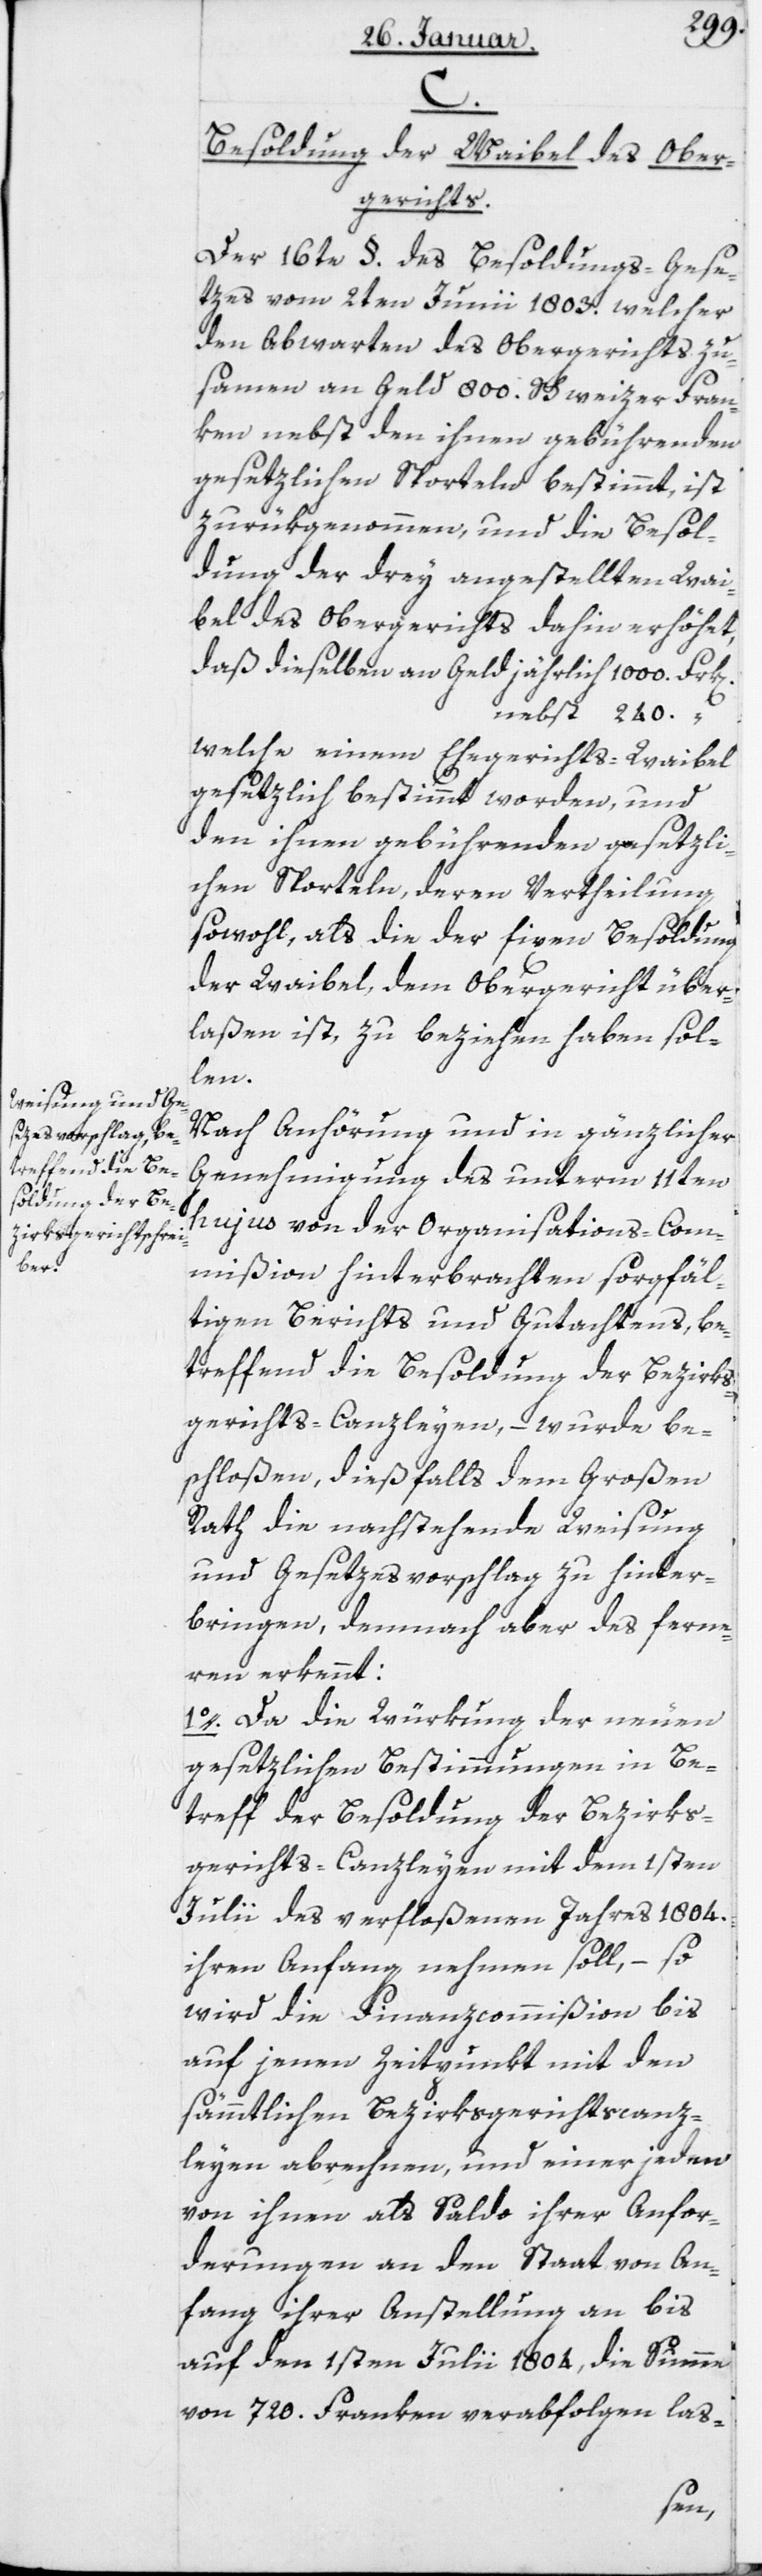
n],
Besoldung der Waibel des Ober¬
gerichts.
Der 16te § des Besoldungs-Gese¬
tzes vom 2ten Junii 1803, welcher
den Abwarten des Obergerichts zu¬
sammen an Geld 800 Schweizer Fran¬
ken, nebst den ihnen gebührenden
gesetzlichen Sporteln bestimmt, ist
zurükgenommen, und die Besol¬
dung der drey angestellten Wai¬
bel des Obergerichts dahin erhöhet,
daß dieselben an Geld jährlich 1000 Frk[e¬
nebst 240
welche einem Ehegerichts-Waibel
gesetzlich bestimmt worden, und
den ihnen gebührenden gesetzli¬
chen Sporteln, deren Vertheilung
sowohl, als die der fixen Besoldung
der Waibel, dem Obergericht über¬
laßen ist, zu beziehen haben sol¬
len.
Nach Anhörung und in gänzlicher
Genehmigung des unterm 11ten
hujus von der Organisations-Com¬
mißion hinterbrachten sorgfäl¬
tigen Berichts und Gutachtens, be¬
treffend die Besoldung der Bezirks¬
gerichts-Canzleyen, – wurde be¬
schloßen, dießfalls dem großen
Rath die nachstehende Weisung
und Gesetzesvorschlag zu hinter¬
bringen, demnach aber des Ferne¬
ren erkennt:
1. Da die Würkung der neuen
gesetzlichen Bestimmungen in Be¬
treff der Besoldung der Bezirks¬
gerichts-Canzleyen mit dem 1sten
Julii des verfloßenen Jahres 1804
ihren Anfang nehmen soll? – so
wird die Finanzcommißion bis
auf jenen Zeitpunkt mit den
sämmtlichen Bezirksgerichts-Canz¬
leyen abrechnen, und einer jeden
von ihnen als Saldo ihrer Anfor¬
derungen an den Staat von An¬
fang ihrer Anstellung an bis
auf den 1sten Julii 1804, die Summe
von 720 Franken verabfolgen las-